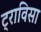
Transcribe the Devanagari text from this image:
ट्राविसा